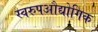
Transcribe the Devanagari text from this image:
स्वरुपऔद्योगिक